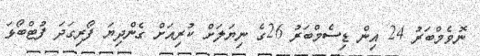
ނޮވެމްބަރު 24 އިން ޑިސެމްބަރު 26ގެ ނިޔަލަށް ކުރިއަށް ގެންދިޔަ ފޯރިގަދަ ފުޓްބޯޅަ